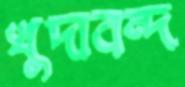
খুদাবন্দ